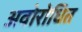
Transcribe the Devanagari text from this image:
अवोरोधित